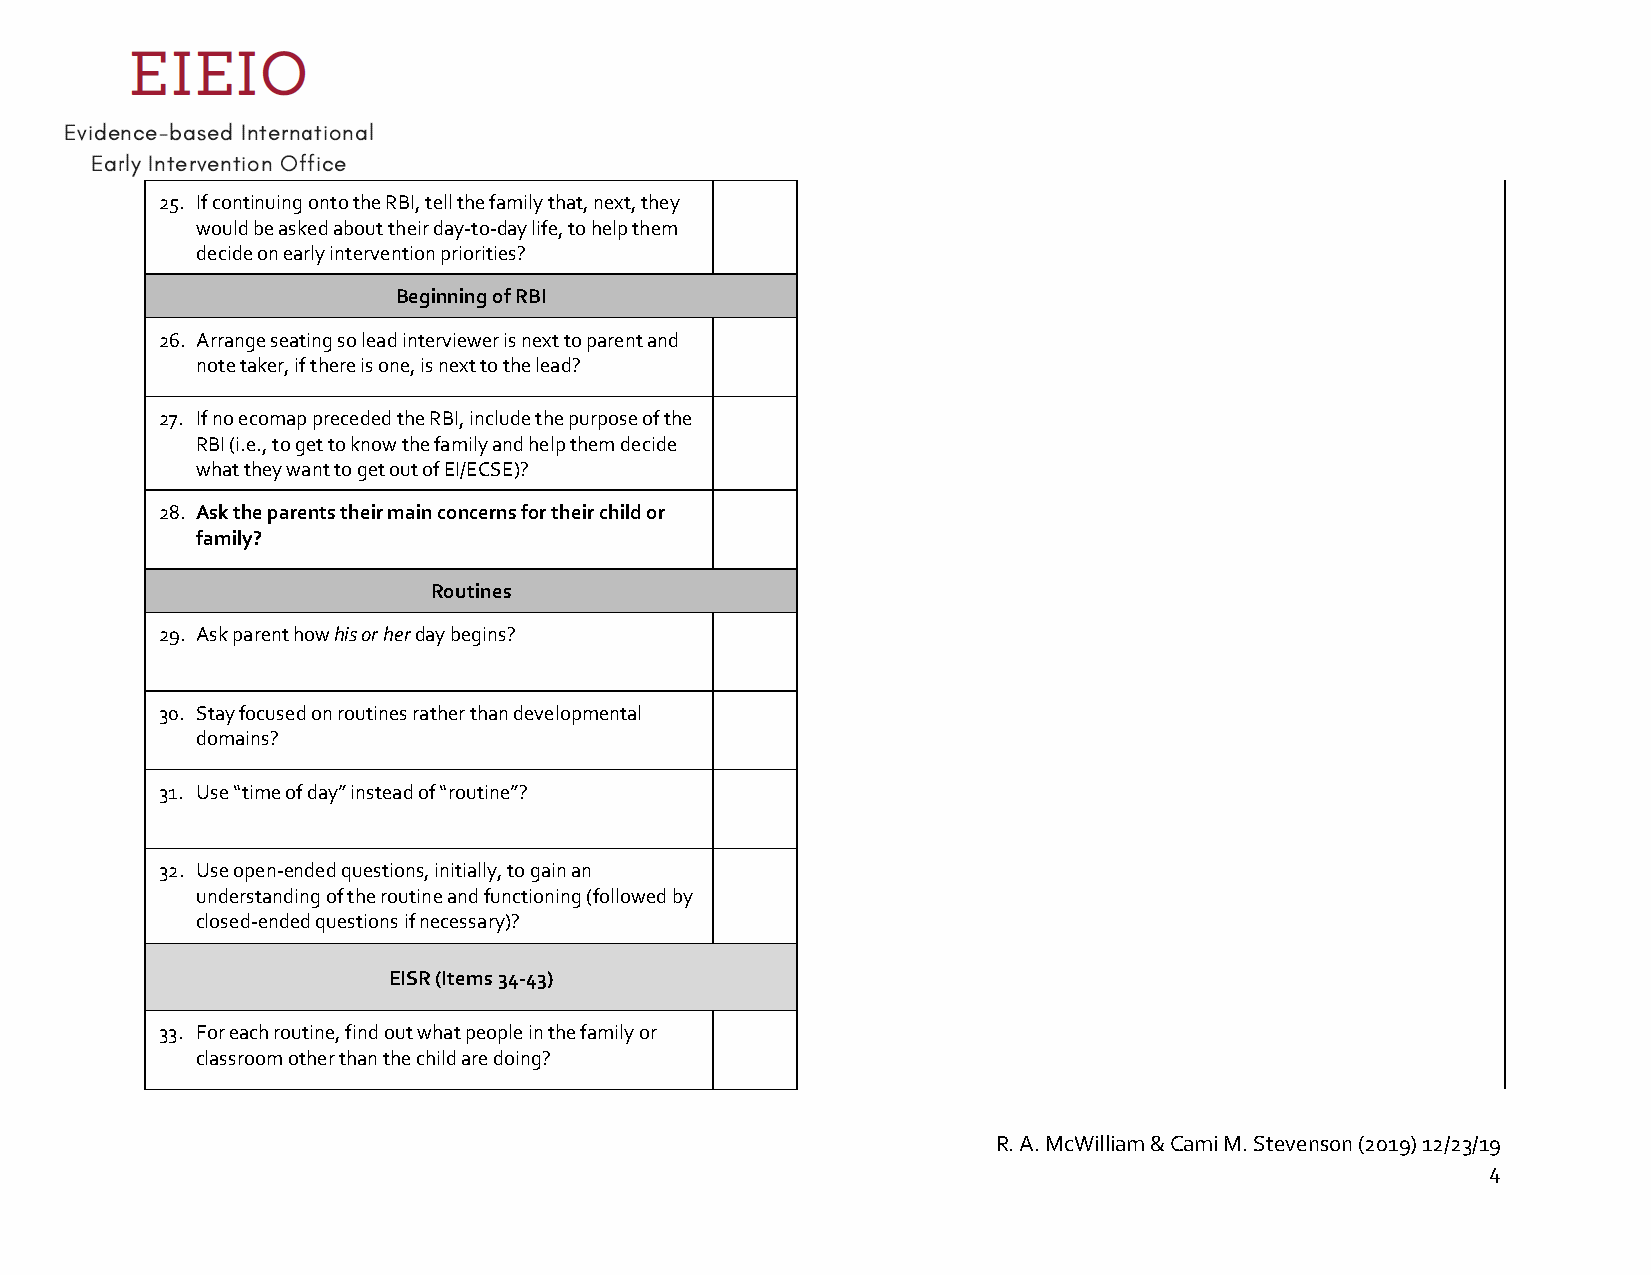
25. If continuing onto the RBI, tell the family that, next, they
 would be asked about their day-to-day life, to help them
 decide on early intervention priorities?
 Beginning of RBI
 26. Arrange seating so lead interviewer is next to parent and
 note taker, if there is one, is next to the lead?
 27. If no ecomap preceded the RBI, include the purpose of the
 RBI (i.e., to get to know the family and help them decide
 what they want to get out of EI/ECSE)?
 28. Ask the parents their main concerns for their child or
 family?
 Routines
 29. Ask parent how his or her day begins?
 30. Stay focused on routines rather than developmental
 domains?
 31. Use “time of day” instead of “routine”?
 32. Use open-ended questions, initially, to gain an
 understanding of the routine and functioning (followed by
 closed-ended questions if necessary)?
 EISR (Items 34-43)
 33. For each routine, find out what people in the family or
 classroom other than the child are doing?
 R. A. McWilliam & Cami M. Stevenson (2019) 12/23/19
 4